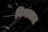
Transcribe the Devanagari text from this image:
विमातात